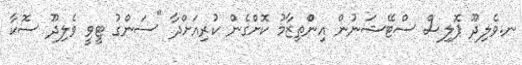
ނ.ވެލިދޫ ޕޮލިސް ސްޓޭޝަނުން އިންްތިޒާމު ކޮށްގެން ކުރިއަށްދާ "ސަންގު ޓީވީ ވެލިދޫ ސޮކާ